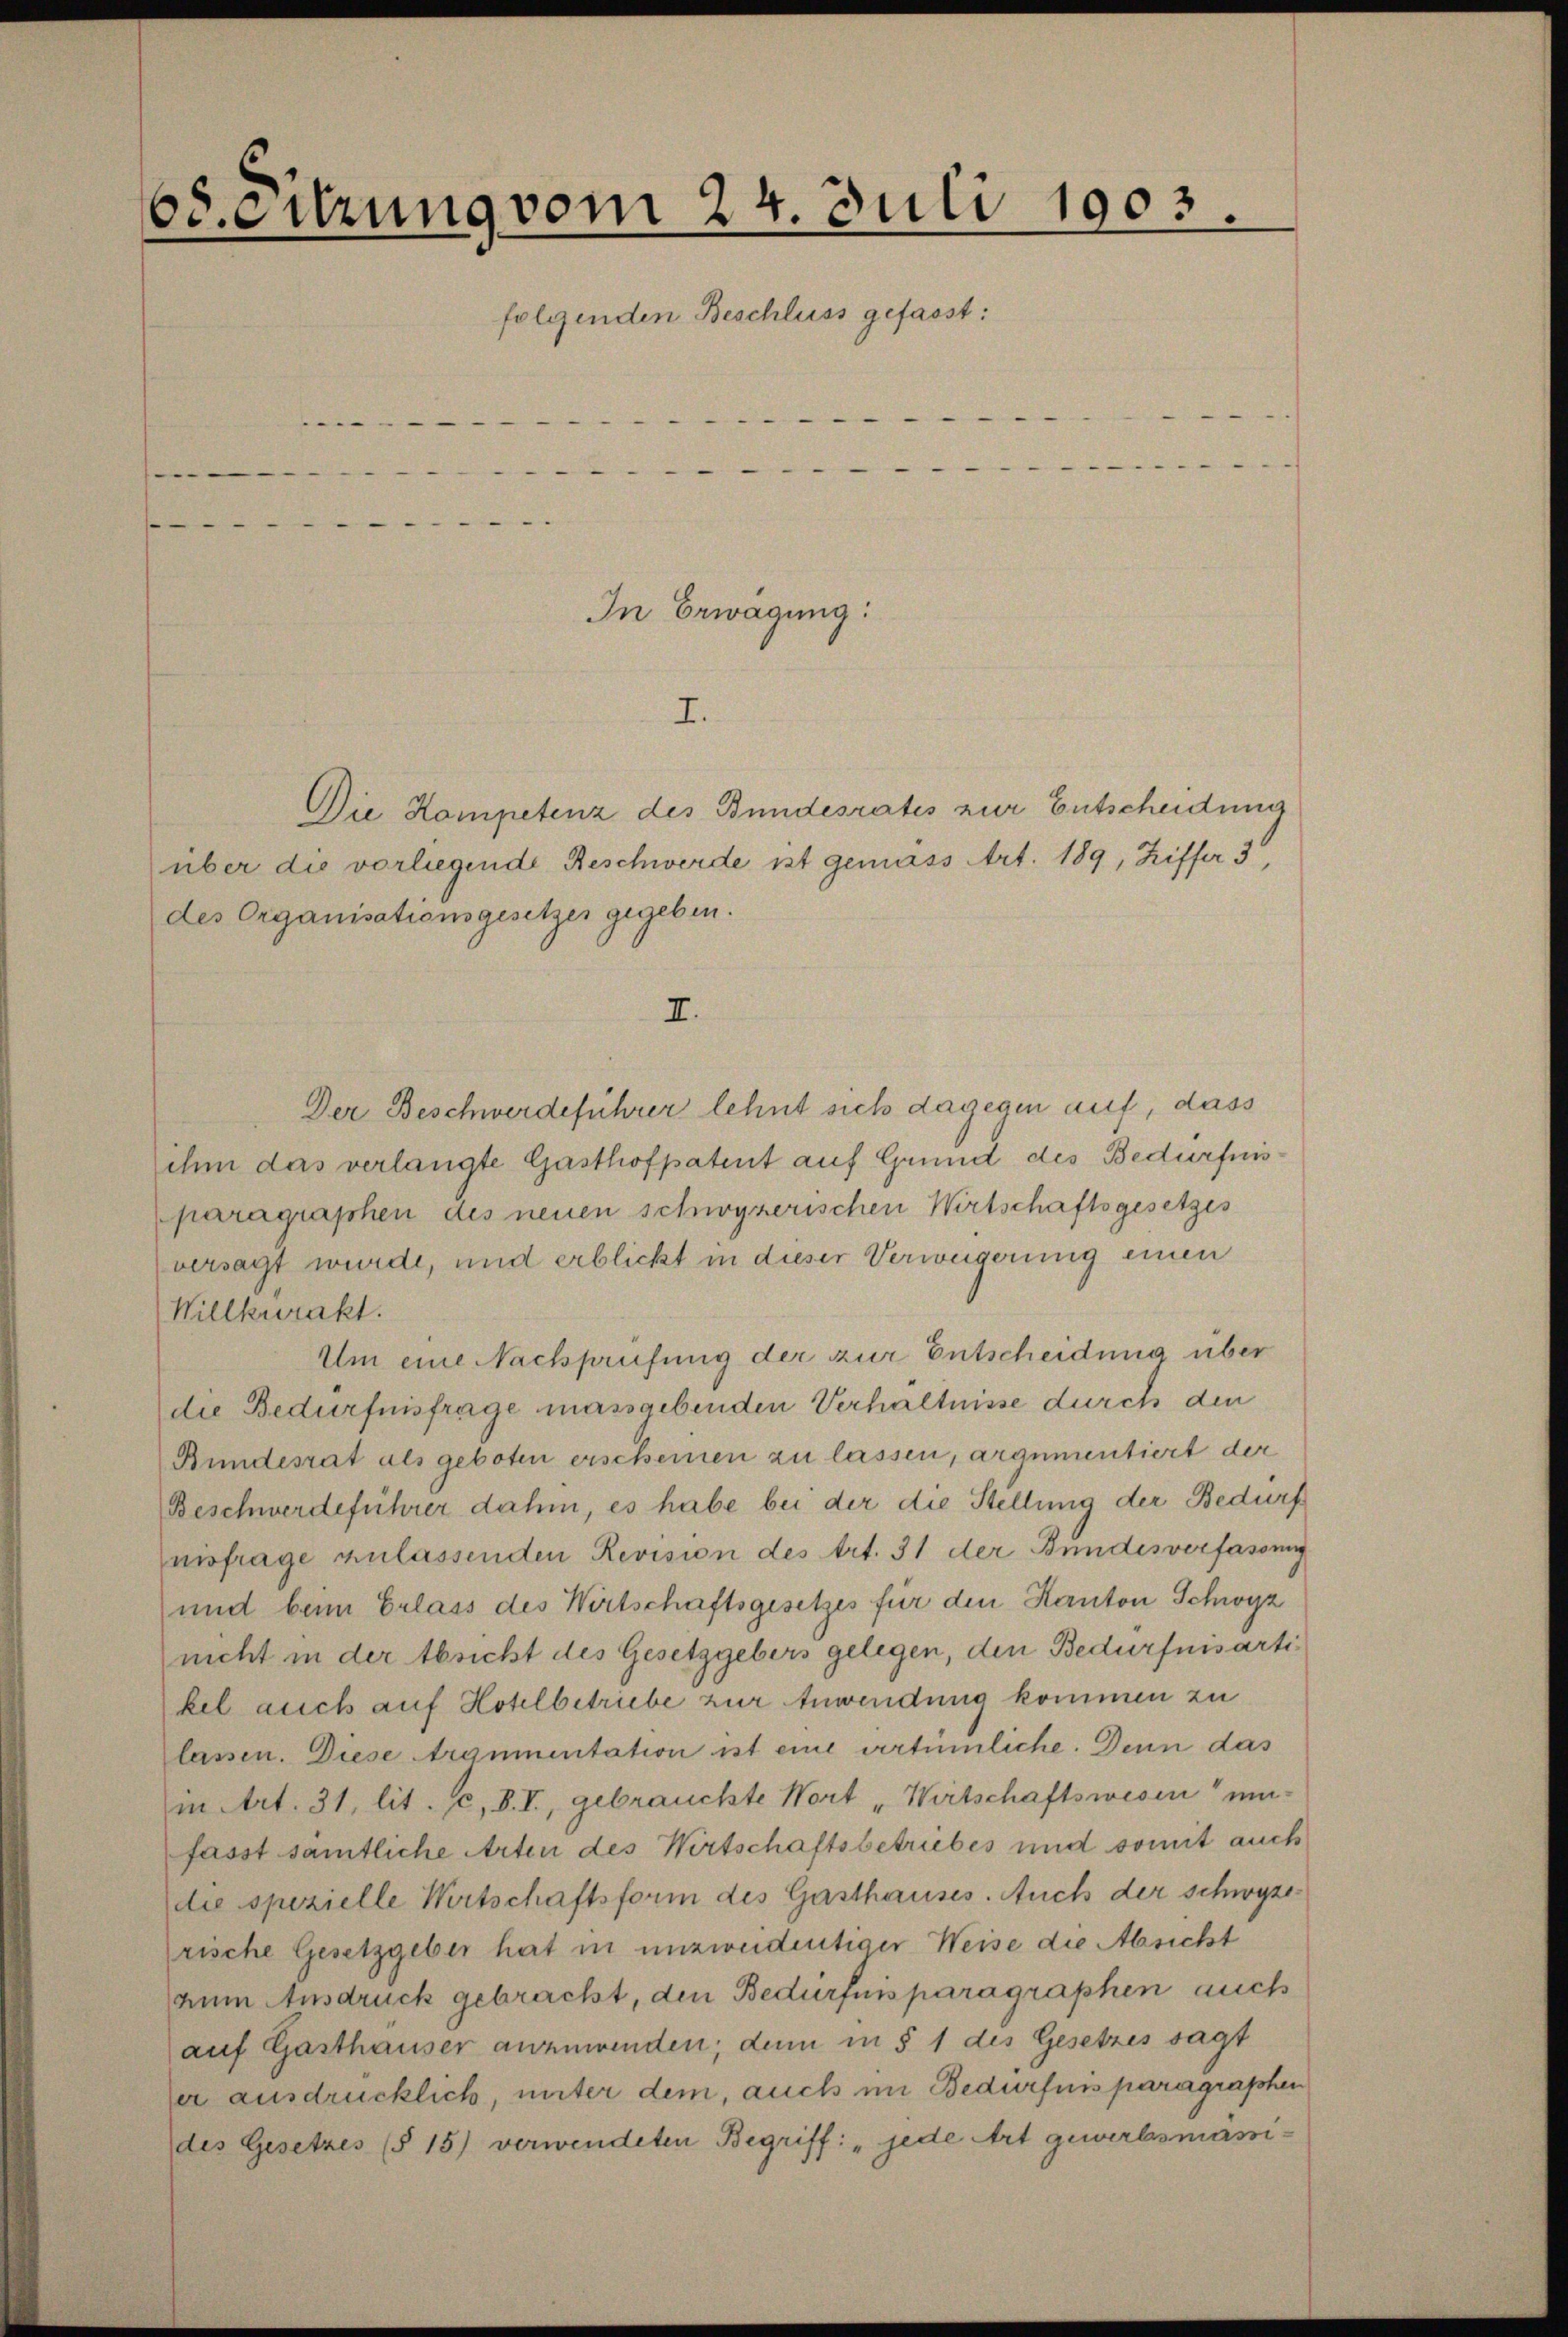
Odeitzung vom 24. Juli 1903.
.
folgenden Beschluss gefasst:

e
—

In Erwägung:
I.

über die vorliegende Reschwerde ist gemäss Art. 189, Ziffer 3
des Organisationsgesetzes gegeben.
I.
Der Beschwerdeführer lehnt sich dagegen auf, dass
ihm das verlangte Gasthofpatent auf Grund des Bedürfnisparagraphen des neuen schwyzerischen Wirtschaftsgesetzes
versagt wurde, und erblickt in dieser Verweigerung einen
Willkurakt
Um eine Nachprüfung der zur Entscheidung über
die Bedürfnisfrage massgebenden Verhältnisse durch den
Bundesrat als geboten erscheinen zu lassen, argumentiert der
Beschwerdeführer dahin, es habe bei der die Stellung der Bedürf
nisfrage anlassenden Revision des Art. 31 der Bundesverfassung
und beim Erlass des Wirtschaftsgesetzes für den Kanton Schwyz
nicht in der tricht des Gesetzgebers gelegen, den Bedürfnisartikel auch auf Hotelbetriebe zur Anwendung kommen zu
lassen. Diese Argumentation ist eine vertümliche. Denn das
in Art. 31 lit. c, V. I., gebrauchte Wort „Wirtschaftswesen ein-
fasst samtliche Arten des Wirtschaftsbetriebes und somit auch
die spezielle Wirtschaftsform des Gasthauses. Auch der Schwyz
rische Gesetzgeber hat in unzweidentiger Weise die Absicht
zum Ausdruck gebracht, den Bedürfnis paragraphen auch
auf Gasthauser anzuwenden; dem in § 1 des Gesetzes sagt
er ausdrücklich, unter dem, auch im Bedürfnis paragraphen
des Gesetzes (§ 15) verwendeten Begriff: „jede Art gewerbsmassi¬

Die Kompetenz des Bundesrates zur Entscheidung